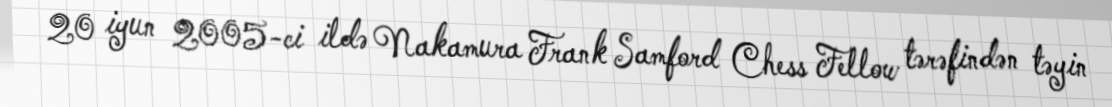
20 iyun 2005-ci ildə Nakamura Frank Samford Chess Fellow tərəfindən təyin